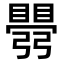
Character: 𥋡